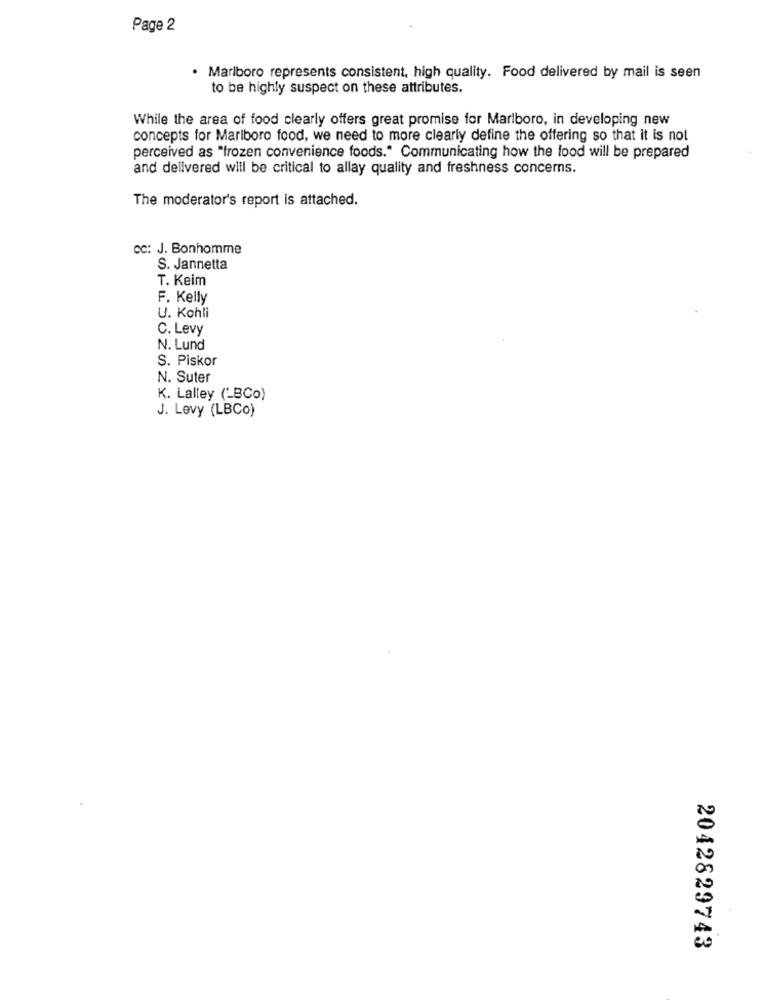
Page 2
. Marlboro represents consistent, high quality. Food delivered by mail is seen
to be highly suspect on these attributes.
While the area of food clearly offers great promise for Marlboro, in developing new
concepts for Marlboro food, we need to more clearly define the offering so that it is not
perceived as "frozen convenience foods." Communicating how the lood will be prepared
and delivered will be critical to allay quality and freshness concerns.
The moderator's report is attached.
Cc: J. Bonhomme
S. Jannetta
T. Keim
F. Kelly
U. Kohli
C. Levy
N. Lund
S. Piskor
N. Suter
K. Lalley (LBCo)
J. Levy (LBCo)
2042829743